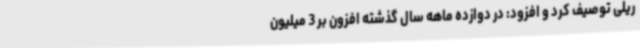
ریلی توصیف کرد و افزود: در دوازده ماهه سال گذشته افزون بر 3 میلیون